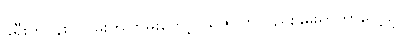
ခရီးကပန်း၊ လမ်းကကြမ်းတော့၊ သဇင်ကလည်းနွမ်းရှာတာပေါ့ဗျာ။